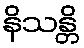
နိသန္တိ